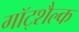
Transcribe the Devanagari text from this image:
गॉट्शैल्क